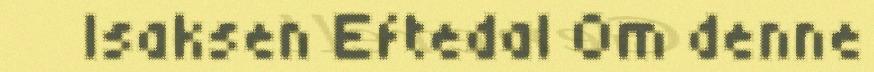
Isaksen Eftedal Om denne